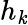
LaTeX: h_{\mathit{k}}